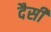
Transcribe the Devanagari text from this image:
दैसी